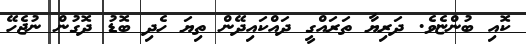
ކޮއި ބުންޏެވެ. ދަރިޔާ ތަރައްގީ ދައްކައިދޭން ތިޔަ ހެދި ބޮޑު ދޮގުން ނުޖެހޭ